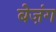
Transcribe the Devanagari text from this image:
बेज़ंग